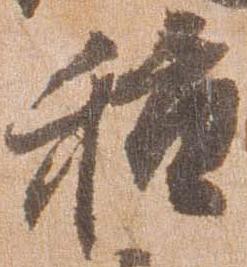
種